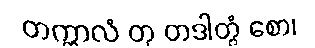
တက္ကာလံ တု တဒါတွံ စော၊